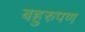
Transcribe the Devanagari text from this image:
बहुरुपण